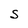
Character: S